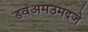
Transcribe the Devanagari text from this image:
डवअमउमदजे